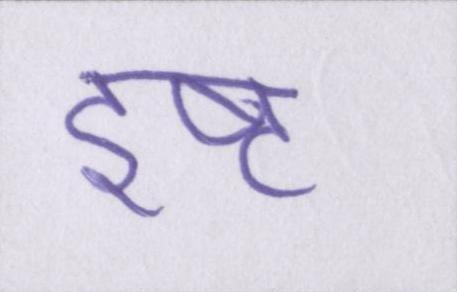
इष्ट